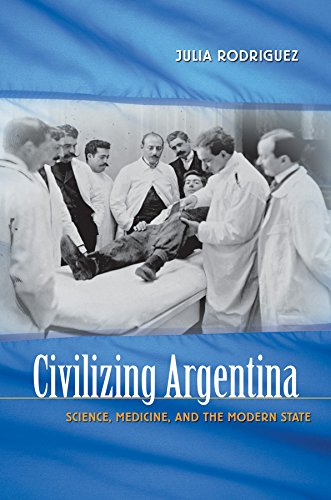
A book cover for Civilizing Argentina: Science, Medicine, and the Modern State; Julia Rodriguez; Medical Books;